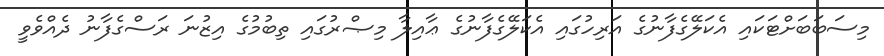
މިސަބަބަށްޓަކައި އެކަލޭގެފާނުގެ އަރިހުގައި އެކަލޭގެފާނުގެ ޢާއިލާ މިޞްރުގައި ތިބުމުގެ އިޒުނަ ރަސްގެފާނު ދެއްވެވީ